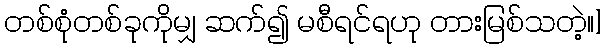
တစ်စုံတစ်ခုကိုမျှ ဆက်၍ မစီရင်ရဟု တားမြစ်သတဲ့။]